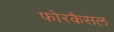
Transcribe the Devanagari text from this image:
फोरकैसल